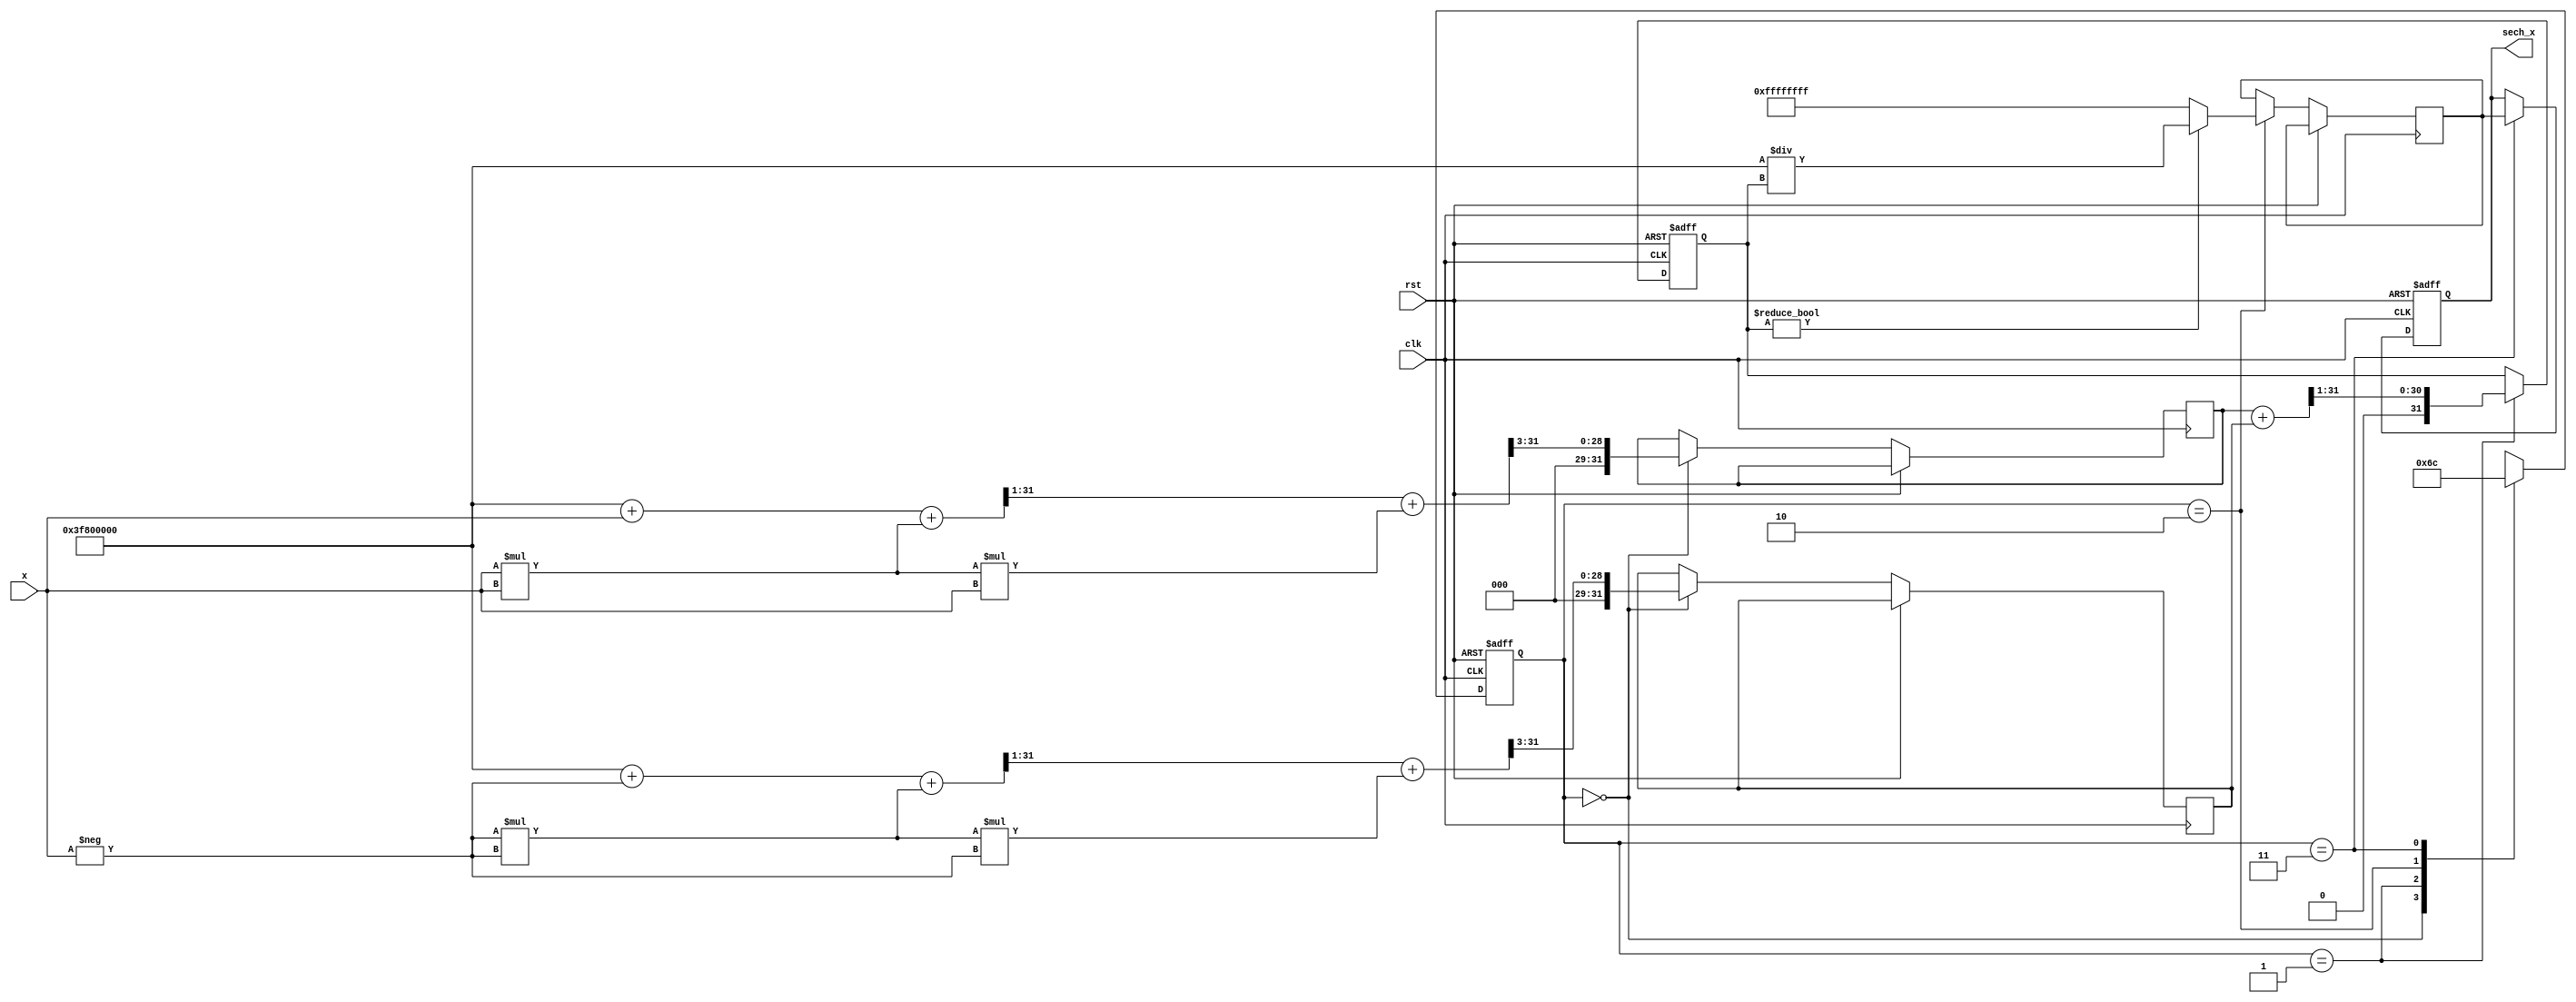
module hyperbolic_secant (
    input wire [31:0] x,          // Input signal (floating-point representation)
    output reg [31:0] sech_x,     // Output signal (sech(x))
    input wire clk,                // Clock signal
    input wire rst                 // Reset signal
);

    // Internal signals
    reg [31:0] cosh_x;            // Intermediate cosh(x) value
    reg [31:0] reciprocal;         // Intermediate reciprocal value
    reg [1:0] state;              // State for control logic
    reg [31:0] exp_x, exp_neg_x;  // e^x and e^(-x)

    // State encoding
    localparam IDLE = 2'b00;
    localparam COSH_CALC = 2'b01;
    localparam RECIPROCAL_CALC = 2'b10;
    localparam OUTPUT = 2'b11;

    // Simple exponential approximation (for demonstration purposes)
    function [31:0] exp_approx;
        input [31:0] value;
        begin
            // Simple approximation: e^x  1 + x + x^2/2! + x^3/3! (limited precision)
            exp_approx = 32'h3F800000; // Start with 1.0 (2^0)
            exp_approx = exp_approx + value; // Add x
            exp_approx = exp_approx + (value * value) >> 1; // Add x^2/2
            exp_approx = exp_approx + (value * value * value) >> 3; // Add x^3/6
        end
    endfunction

    // State machine for control logic
    always @(posedge clk or posedge rst) begin
        if (rst) begin
            state <= IDLE;
            sech_x <= 32'b0;
            cosh_x <= 32'b0;
        end else begin
            case (state)
                IDLE: begin
                    // Start calculation
                    exp_x <= exp_approx(x);
                    exp_neg_x <= exp_approx(-x);
                    state <= COSH_CALC;
                end

                COSH_CALC: begin
                    // Calculate cosh(x) = (e^x + e^(-x)) / 2
                    cosh_x <= (exp_x + exp_neg_x) >> 1; // Divide by 2
                    state <= RECIPROCAL_CALC;
                end

                RECIPROCAL_CALC: begin
                    // Calculate sech(x) = 1 / cosh(x)
                    if (cosh_x != 0) begin
                        reciprocal <= 32'h3F800000 / cosh_x; // Simple reciprocal (1/cosh_x)
                    end else begin
                        reciprocal <= 32'hFFFFFFFF; // Handle division by zero
                    end
                    state <= OUTPUT;
                end

                OUTPUT: begin
                    // Output the result
                    sech_x <= reciprocal;
                    state <= IDLE; // Go back to IDLE
                end
            endcase
        end
    end
endmodule